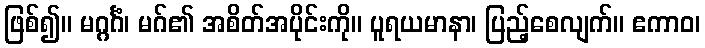
ဖြစ်၍။ မဂ္ဂင်္ဂံ၊ မဂ်၏ အစိတ်အပိုင်းကို။ ပူရယမာနာ၊ ပြည့်စေလျက်။ ဧကာဝ၊